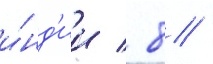
и́нд'ии / 8 /